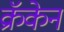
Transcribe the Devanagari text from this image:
क्रॅकेन